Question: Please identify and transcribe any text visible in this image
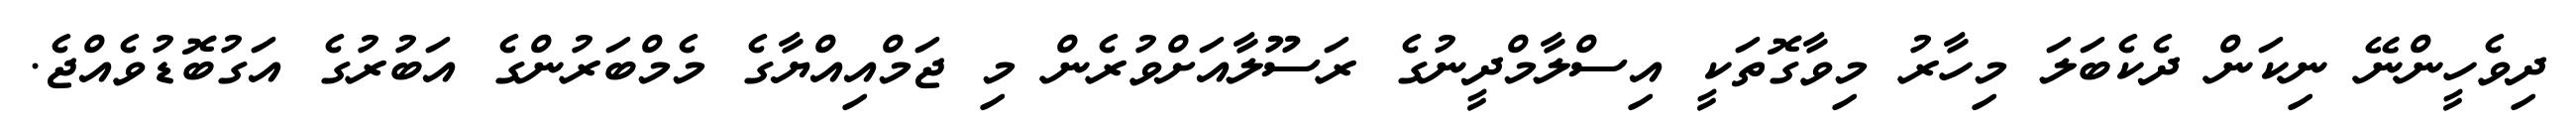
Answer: ދިވެހީންނޭ ނިކަން ދެކެބަލަ މިހާރު މިވާގޮތަކީ އިސްލާމްދީނުގެ ރަސޫލާއަށްވުރެން މި ޖަމްއިއްޔާގެ މެމްބަރުންގެ އަބުރުގެ އަގުބޮޑުވެއްޖެ.